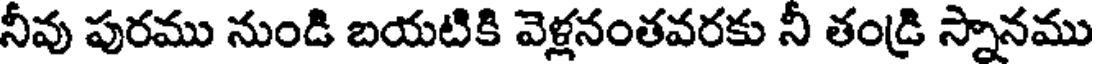
నీవు పురము నుండి బయటికి వెళ్లనంతవరకు నీ తండ్రి స్నానము